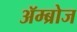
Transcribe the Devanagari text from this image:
ॲम्ब्रोज